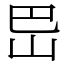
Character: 岊